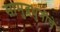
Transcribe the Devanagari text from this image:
सामुद्रधुनीचे